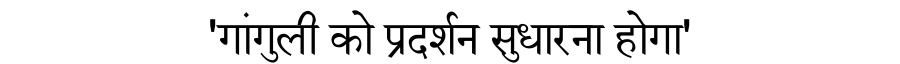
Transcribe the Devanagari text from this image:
'गांगुली को प्रदर्शन सुधारना होगा'